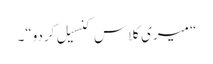
“ میری کلاس کنسیل کردو“۔